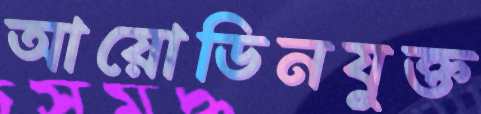
আয়োডিনযুক্ত